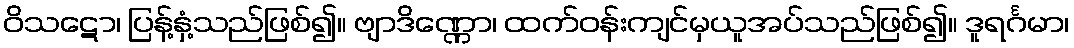
ဝိသဋော၊ ပြန့်နှံ့သည်ဖြစ်၍။ ဗျာဒိဏ္ဏော၊ ထက်ဝန်းကျင်မှယူအပ်သည်ဖြစ်၍။ ဒူရင်္ဂမာ၊